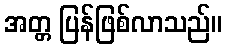
အတ္တ ပြန်ဖြစ်လာသည်။